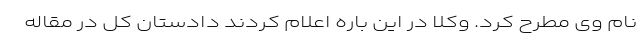
نام وی مطرح کرد. وکلا در این باره اعلام کردند دادستان کل در مقاله